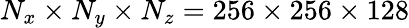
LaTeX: N_{x}\times N_{y}\times N_{z}=256\times 256\times 128